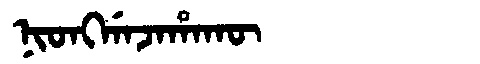
Manchu: ᠨᡳᠣᠩᡤᠠᠵᠠᡥᠠᡴᡡ
Romanization: NIONGGAJAHAKŪ